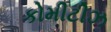
કોમીટીઝ